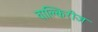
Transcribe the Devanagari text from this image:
वाल्किरीज